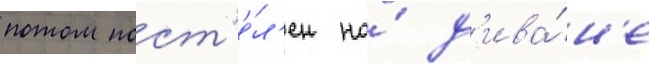
потом пост'е́л'ен на́ д'ива́н'е